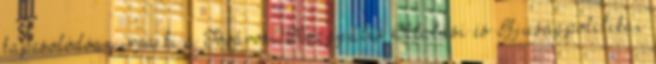
kapcsolódóan írja ki a Fővárosi Közgyűlés Oktatási és Ifjúságpolitikai